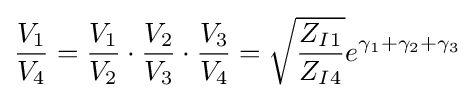
{\frac {V_{1}}{V_{4}}}={\frac {V_{1}}{V_{2}}}\cdot {\frac {V_{2}}{V_{3}}}\cdot {\frac {V_{3}}{V_{4}}}={\sqrt {\frac {Z_{I1}}{Z_{I4}}}}e^{\gamma _{1}+\gamma _{2}+\gamma _{3}}